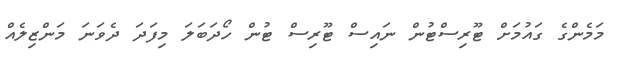
މަމެންގެ ގައުމަށް ޓޫރިސްޓުން ނައިސް ޓޫރިސް ޓުން ހޯދަބަލަ މިފަދަ ދެވަނަ މަންޒިލެއް